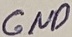
Text: GND